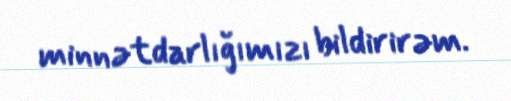
minnətdarlığımızı bildirirəm.